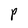
Character: P